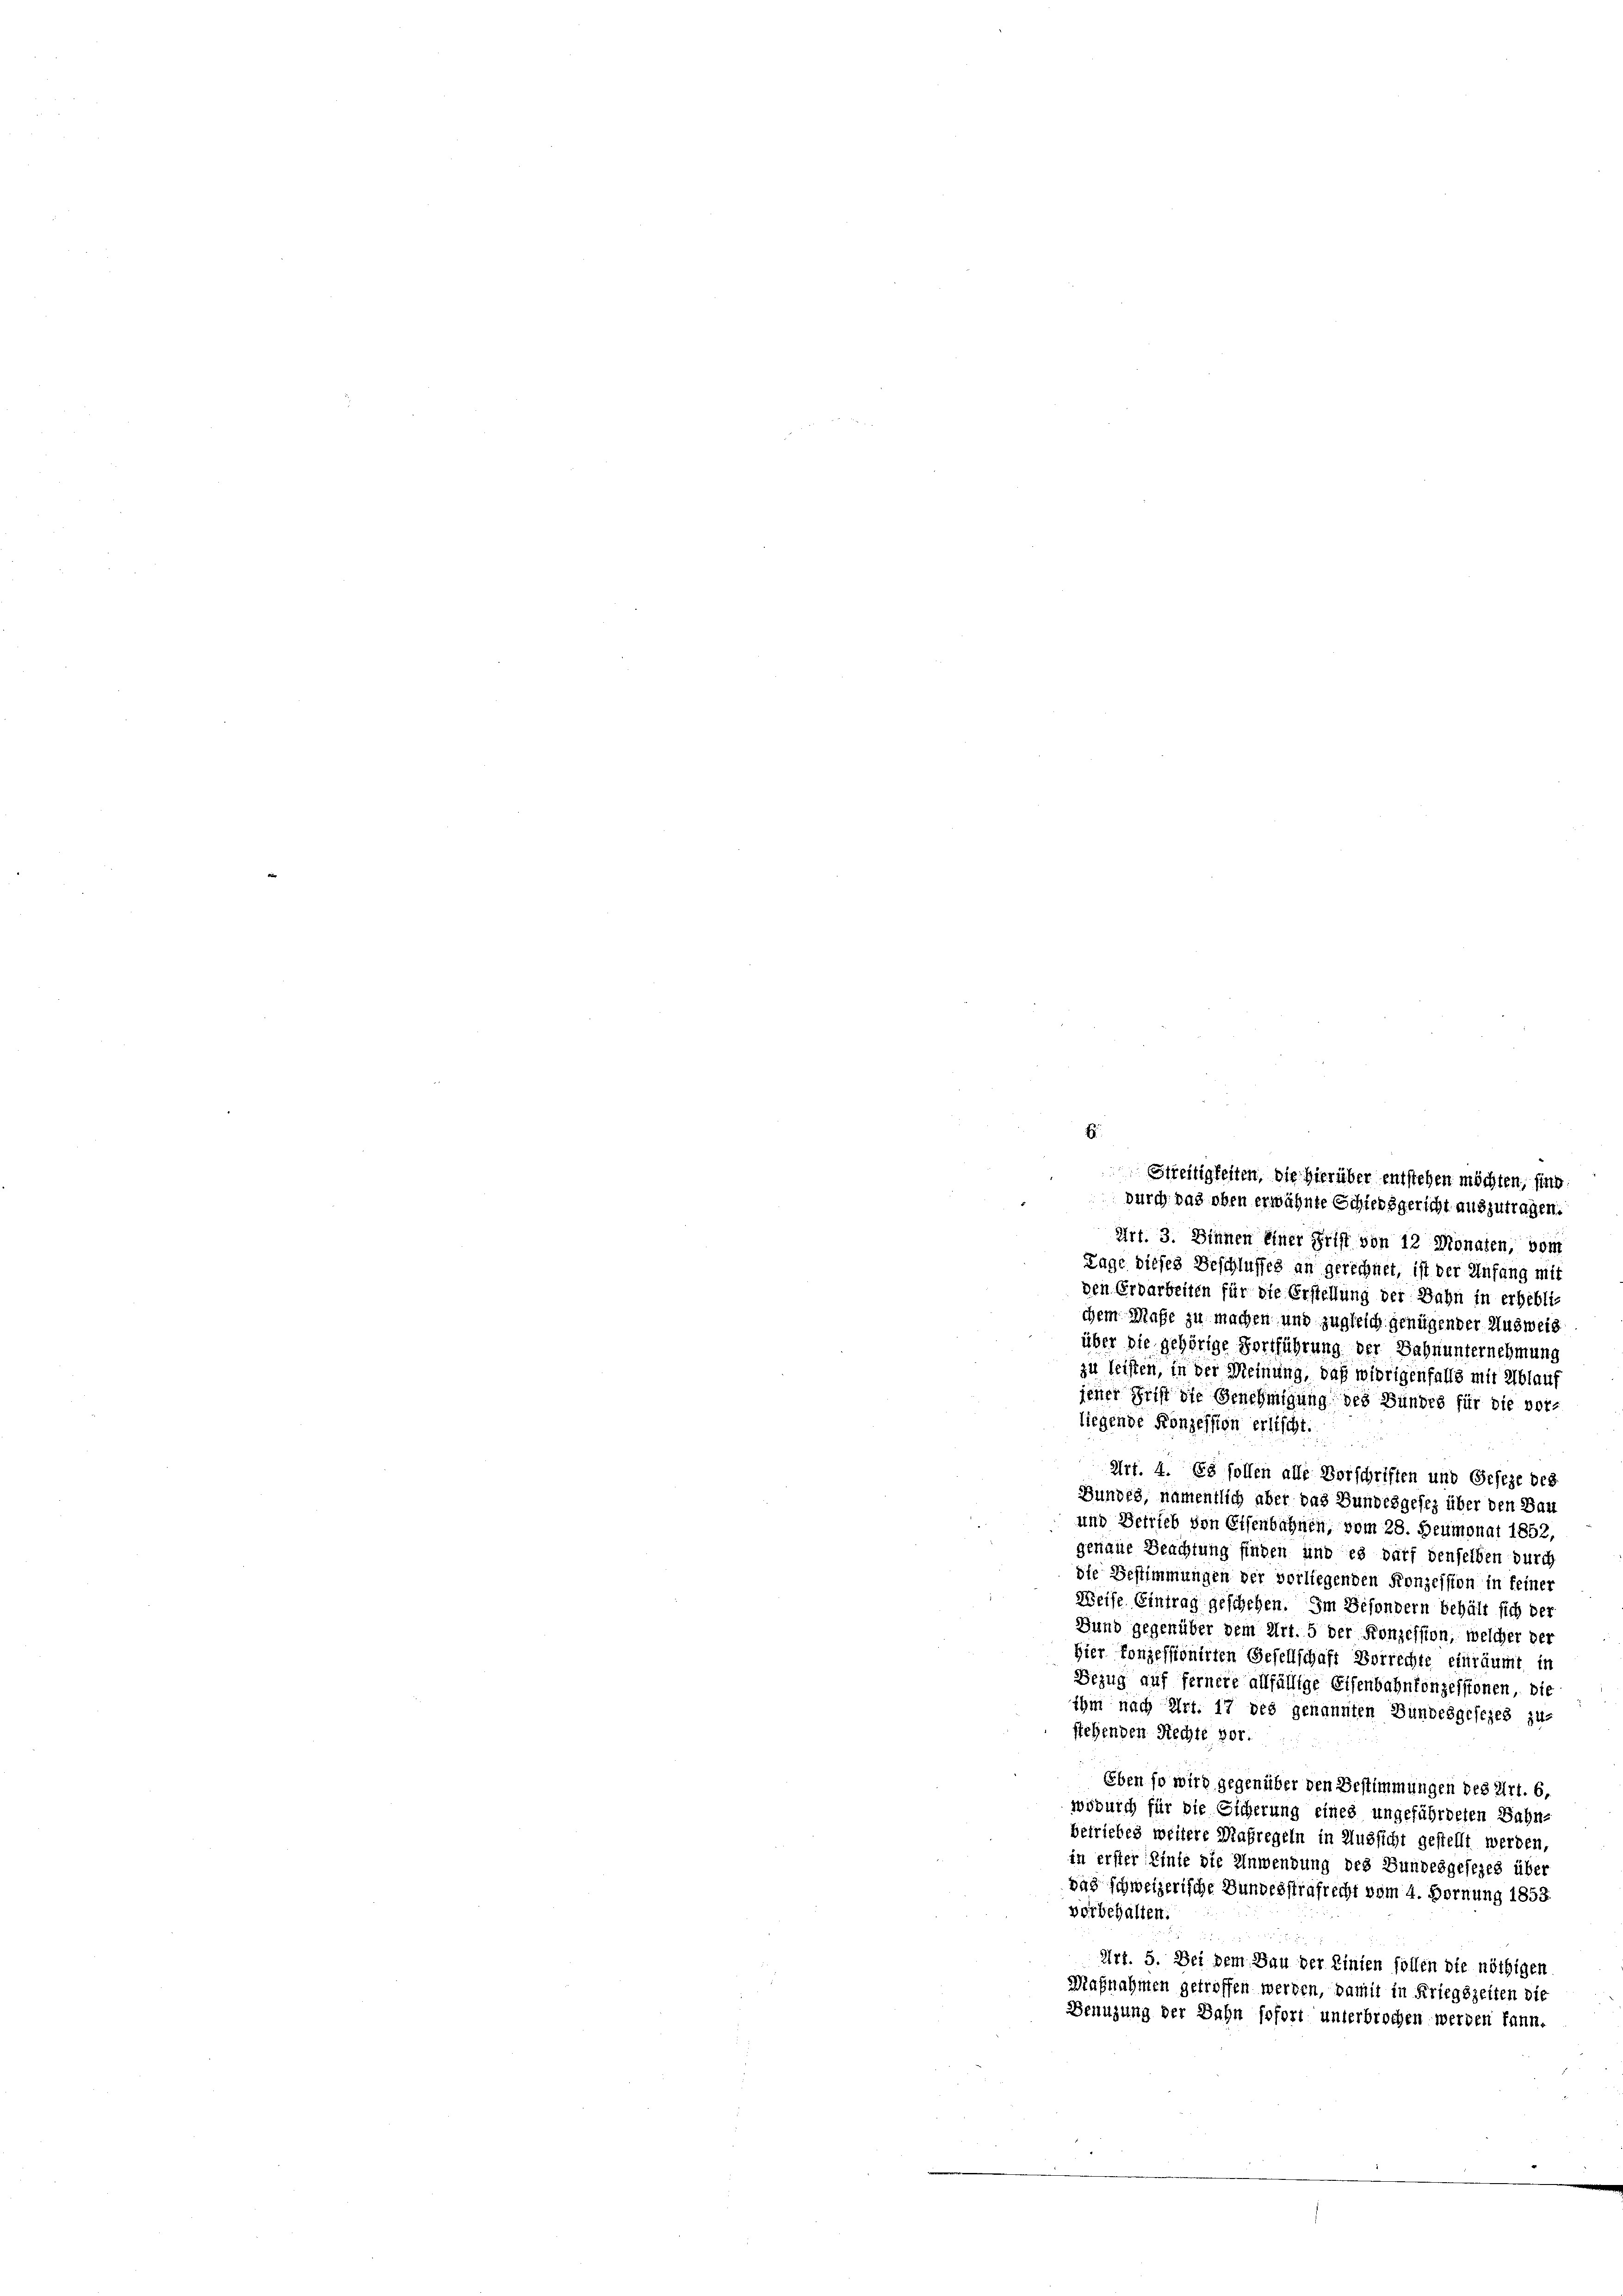
E

Streitigkeiten, die hierüber entstehen möchten, sind
durch das oben erwähnte Schiedsgericht auszutragen.
Art. 3. Binnen einer Frist von 12 Monaten, vom
Lage dieses Beschlusses an gerechnet, ist der Anfang mit
den Erdarbeiten für die Erstellung der Jahn in erhebli-
chem Maße zu machen und zugleich genügender Ausweis
über die gehörige Fortführung der Bahnunternehmung
zu leisten, in der Meinung, daß widrigenfalls mit Ablauf
jener Frist die Genehmigung des Bundes für die vor-
liegende Konzession erlischt.

Art. 4. Es sollen alle Vorschriften und Geseze des
Bundes, namentlich aber das Bundesgesez über den Bau
und Betrieb von Eisenbahnen, vom 28. Heumonat 1852,
genaue Beachtung finden und es darf denselben durch
die Bestimmungen der vorliegenden Konzession in feiner
Weise Eintrag geschehen. Im Besondern behält sich der
Bund gegenüber dem Art. 5 der Konzession, welcher der
Hier Konzessionirten Gesellschaft Vorrechte einräumt in
Bezug auf fernere allfällige Eisenbahnkonzessionen, die
ihm nach Art. 17 des genannten Bundesgesezes zu-
stehenden Rechte vor.
Eben so wird gegenüber den Bestimmungen des Art. 6,
woburch für die Sicherung eines ungefährdeten Bahn-
betriebes weitere Maßregeln in Aussicht gestellt werden,
in erster Einte die Anwendung des Bundesgesezes über
vas schweizerische Bundesstrafrecht vom 4. Fornung 1853.
vorbehalten.
Art. 5. Bei dem Bau der Linien sollen die nöthigen
Maßnahmen getroffen werden, damit in Kriegszeiten die
Benuzung der Bahn sofort unterbrochen werden kann.